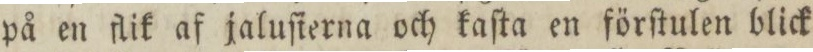
på en flik af jaluſierna och kaſta en förſtulen blick